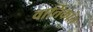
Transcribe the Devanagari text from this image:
वार्तिकांत